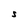
Character: S